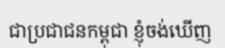
ជាប្រជាជនកម្ពុជា ខ្ញុំចង់ឃើញ